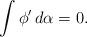
LaTeX: \begin{align*}\int \phi'\,d\alpha=0.\end{align*}